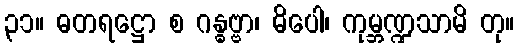
၃၁။ ဓတရဋ္ဌော စ ဂန္ဓဗ္ဗာ၊ ဓိပေါ၊ ကုမ္ဘဏ္ဍသာမိ တု။